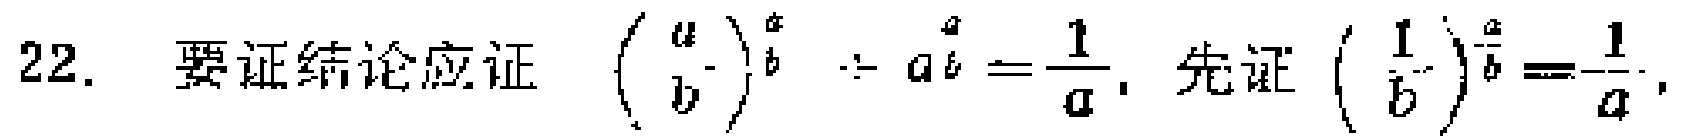
22. 要证结论应证 $\left(\frac{a}{b}\right)^{\frac{a}{b}}\div a^{\frac{a}{b}}=\frac{1}{a}$，先证 $\left(\frac{1}{b}\right)^{\frac{a}{b}}=\frac{1}{a}$，